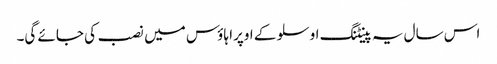
اس سال یہ پینٹنگ اوسلو کے اوپرا ہاؤس میں نصب کی جائے گی۔